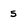
Character: 5